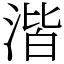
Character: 湝